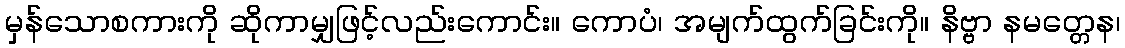
မှန်သောစကားကို ဆိုကာမျှဖြင့်လည်းကောင်း။ ကောပံ၊ အမျက်ထွက်ခြင်းကို။ နိဗ္ဗာ နမတ္တေန၊